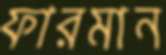
ফারমান